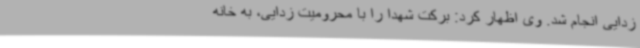
زدایی انجام شد. وی اظهار کرد: برکت شهدا را با محرومیت زدایی، به خانه